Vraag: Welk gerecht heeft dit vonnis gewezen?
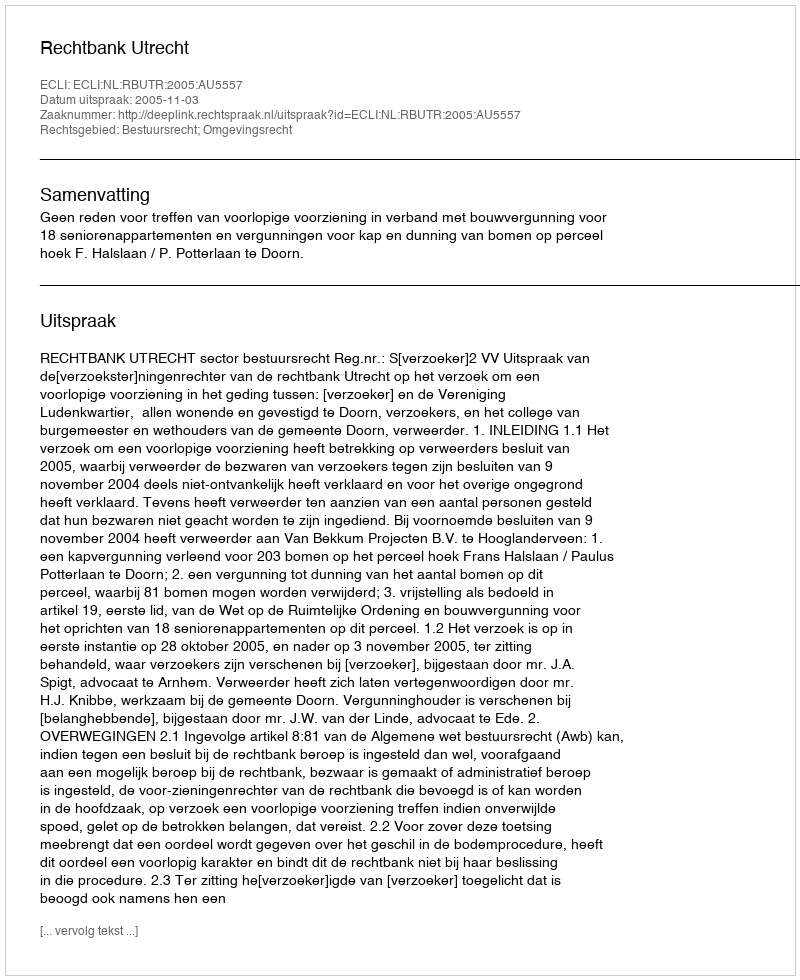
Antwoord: Rechtbank Utrecht